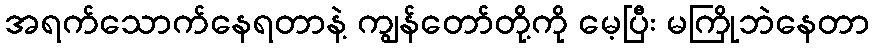
အရက်သောက်နေရတာနဲ့ ကျွန်တော်တို့ကို မေ့ပြီး မကြိုဘဲနေတာ